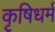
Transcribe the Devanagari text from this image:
कृषिधर्म